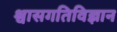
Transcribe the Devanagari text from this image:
श्वासगतिविज्ञान